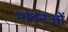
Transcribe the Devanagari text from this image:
भावनओं